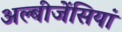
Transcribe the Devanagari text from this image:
अल्बीजेंसियां